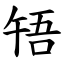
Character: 啎